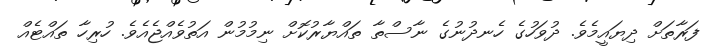
ފަރާތަށް ދިޔައީމެވެ. ދުވަހުގެ ހެނދުނުގެ ނާސްތާ ތައްޔާރުކޮށް ނިމުމުން އަތުވެއްޖެއެވެ. ހުރިހާ ތައްޓެއް